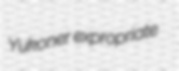
Yukoner expropriate